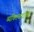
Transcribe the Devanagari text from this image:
व्यक्तिवादावर